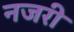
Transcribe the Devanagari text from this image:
नजरी